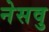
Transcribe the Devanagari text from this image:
नेसवु